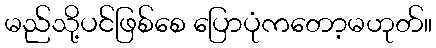
မည်သို့ပင်ဖြစ်စေ ပြောပုံကတော့မဟုတ်။